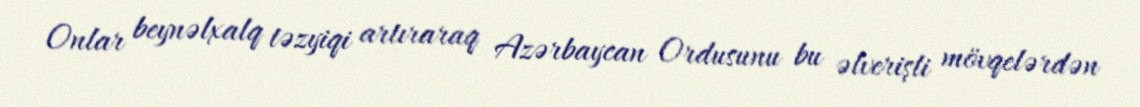
Onlar beynəlxalq təzyiqi artıraraq Azərbaycan Ordusunu bu əlverişli mövqelərdən